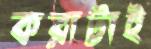
করাটাই